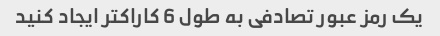
یک رمز عبور تصادفی به طول 6 کاراکتر ایجاد کنید